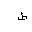
Letter: _da